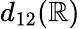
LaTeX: d_{12}(\mathbb{R})